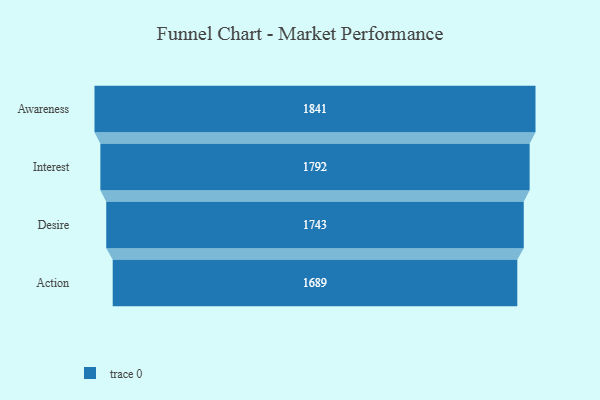
{"axis": {"x": "Stage", "y": "Value"}, "legend": [""], "data": [{"x": "Awareness", "y": 1841.0, "type": ""}, {"x": "Interest", "y": 1792.0, "type": ""}, {"x": "Desire", "y": 1743.0, "type": ""}, {"x": "Action", "y": 1689.0, "type": ""}]}